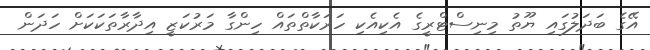
އޭގެ ބަދަލުގައި ޔޫތު މިނިސްޓްރީގެ އެކިއެކި ހަރަކާތްތައް ހިންގާ މަރުކަޒީ އިދާރާތަކަކަށް ހަދަން